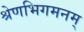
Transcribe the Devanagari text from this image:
श्रेणभिगमनम्